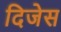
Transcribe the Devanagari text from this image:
दिजेस